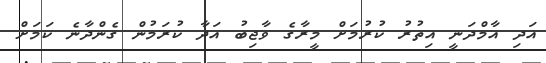
އަދި އާމްދަނީ އިތުރު ކުރުމަށް މީރާގެ ވާޖިބު އަދާ ކުރަމުން ގެންދާނެ ކަމަށް